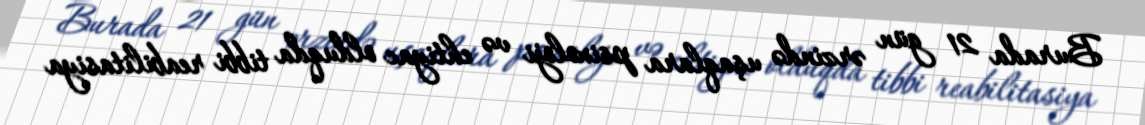
Burada 21 gün ərzində uşaqlara psixoloji və ehtiyac olduqda tibbi reabilitasiya